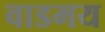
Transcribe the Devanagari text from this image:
वाडमय